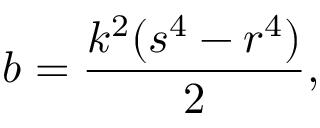
b = { \frac { k ^ { 2 } ( s ^ { 4 } - r ^ { 4 } ) } { 2 } } ,